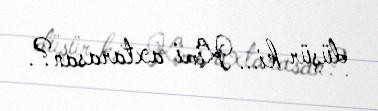
düşür ki... Kimi axtarasan?.